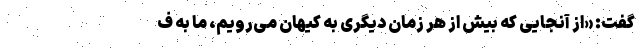
گفت: «از آنجایی که بیش از هر زمان دیگری به کیهان می‌رویم، ما به ف